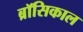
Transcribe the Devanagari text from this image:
ब्रॉसिकाल